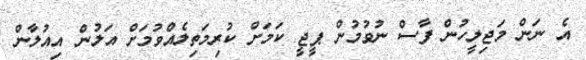
އެ ނަން މަޖިލީހުން ފާސް ނުވުމުން ޕީޖީ ކަމަށް ކުރިމަތިލެއްވުމަށް އަލުން އިއުލާން